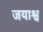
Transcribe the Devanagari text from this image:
जयाश्व